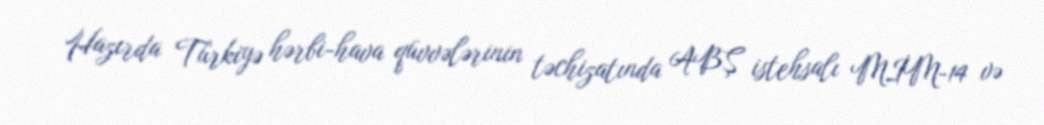
Hazırda Türkiyə hərbi-hava qüvvələrinin təchizatında ABŞ istehsalı MİM-14 və